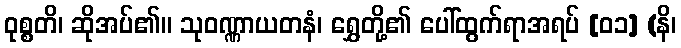
ဝုစ္စတိ၊ ဆိုအပ်၏။ သုဝဏ္ဏာယတနံ၊ ရွှေတို့၏ ပေါ်ထွက်ရာအရပ် [၀၁] (နိ၊